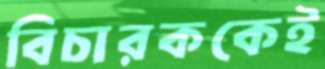
বিচারককেই